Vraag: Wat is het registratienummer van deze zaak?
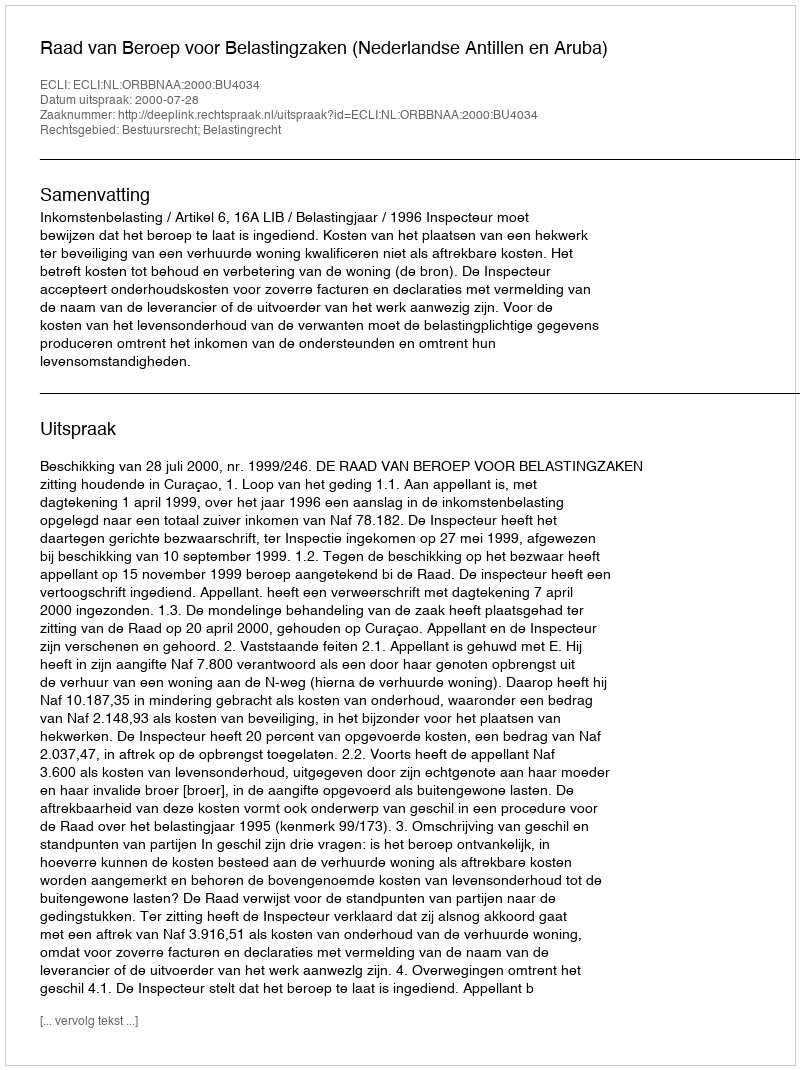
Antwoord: http://deeplink.rechtspraak.nl/uitspraak?id=ECLI:NL:ORBBNAA:2000:BU4034